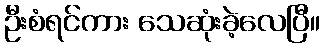
ဦးစံရင်ကား သေဆုံးခဲ့လေပြီ။